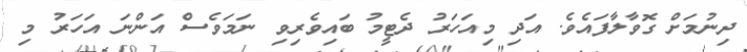
ދިނުމަށް ގޮވާލާފައެވެ. އަދި މިއަހަރު ދެޓީމު ބައިވެރިވި ނަމަވެސް އަންނަ އަހަރު މި